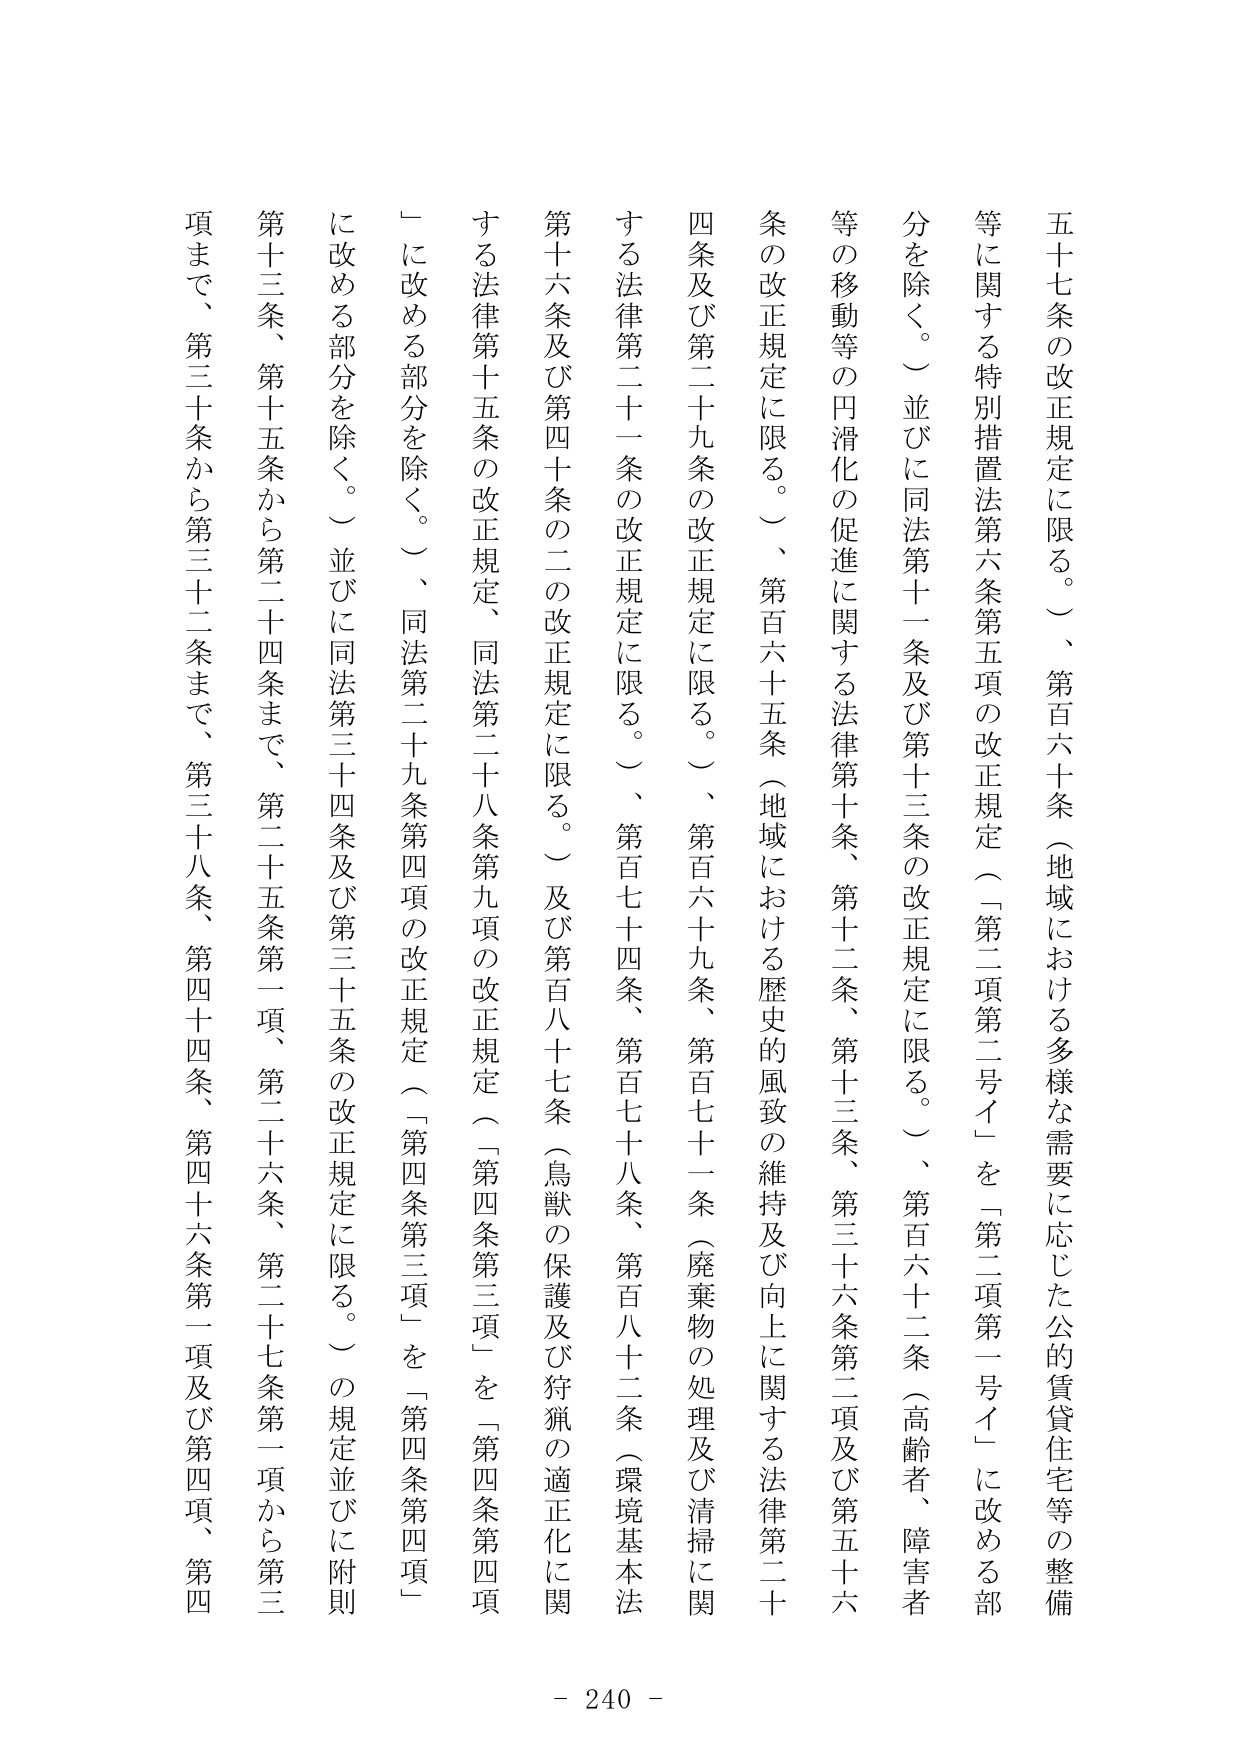
五十七条の改正規定に限る。）、第百六十条（地域における多様な需要に応じた公的賃貸住宅等の整備等に関する特別措置法第六条第五項の改正規定（「第二項第二号イ」を「第二項第一号イ」に改める部分を除く。）並びに同法第十一条及び第十三条の改正規定に限る。）、第百六十二条（高齢者、障害者等の移動等の円滑化の促進に関する法律第十条、第十二条、第十三条、第三十六条第二項及び第五十六条の改正規定に限る。）、第百六十五条（地域における歴史的風致の維持及び向上に関する法律第二十四条及び第二十九条の改正規定に限る。）、第百六十九条、第百七十一条（廃棄物の処理及び清掃に関する法律第二十一条の改正規定に限る。）、第百七十四条、第百七十八条、第百八十二条（環境基本法第十六条及び第四十条の二の改正規定に限る。）及び第百八十七条（鳥獣の保護及び狩猟の適正化に関する法律第十五条の改正規定、同法第二十八条第九項の改正規定（「第四条第三項」を「第四条第四項」に改める部分を除く。）、同法第二十九条第四項の改正規定（「第四条第三項」を「第四条第四項」に改める部分を除く。）並びに同法第三十四条及び第三十五条の改正規定に限る。）の規定並びに附則第十三条、第十五条から第二十四条まで、第二十五条第一項、第二十六条、第二十七条第一項から第三項まで、第三十条から第三十二条まで、第三十八条、第四十四条、第四十六条第一項及び第四項、第四 - 240 -